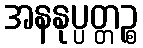
အနနုပ္ပတ္တဉ္စ